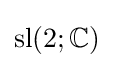
\operatorname {sl} (2;\mathbb {C} )